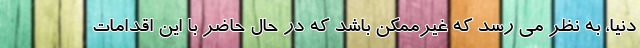
دنیا، به نظر می رسد که غیرممکن باشد که در حال حاضر با این اقدامات